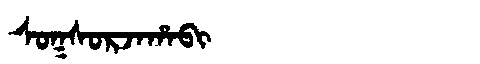
Manchu: ᠰᠣᡴᠰᠣᡵᠵᠠᡥᠠᠪᡳ
Romanization: SOKSORJAHABI